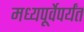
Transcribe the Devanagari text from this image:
मध्यपूर्वेपर्यंत